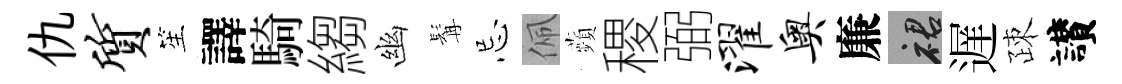
仇质笙譯騎縐幽髯忌佩蘋稷弼濯奥廉裙遅疎讃